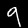
Label: 9